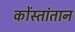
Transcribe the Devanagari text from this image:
कोंस्तांतान